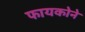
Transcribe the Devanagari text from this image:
फायकोने